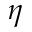
\eta